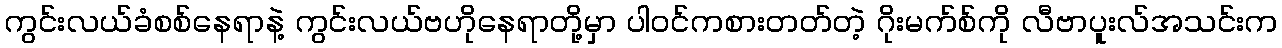
ကွင်းလယ်ခံစစ်နေရာနဲ့ ကွင်းလယ်ဗဟိုနေရာတို့မှာ ပါဝင်ကစားတတ်တဲ့ ဂိုးမက်စ်ကို လီဗာပူးလ်အသင်းက